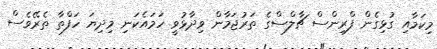
މިކަމާއި ގުޅިގެން ފްރިންސް ޗާލްސްގެ ތަރުޖަމާން ވިދާޅުވީ ހަމައެކަނި މިދިޔަ ހަފްތާ ތެރޭވެސް